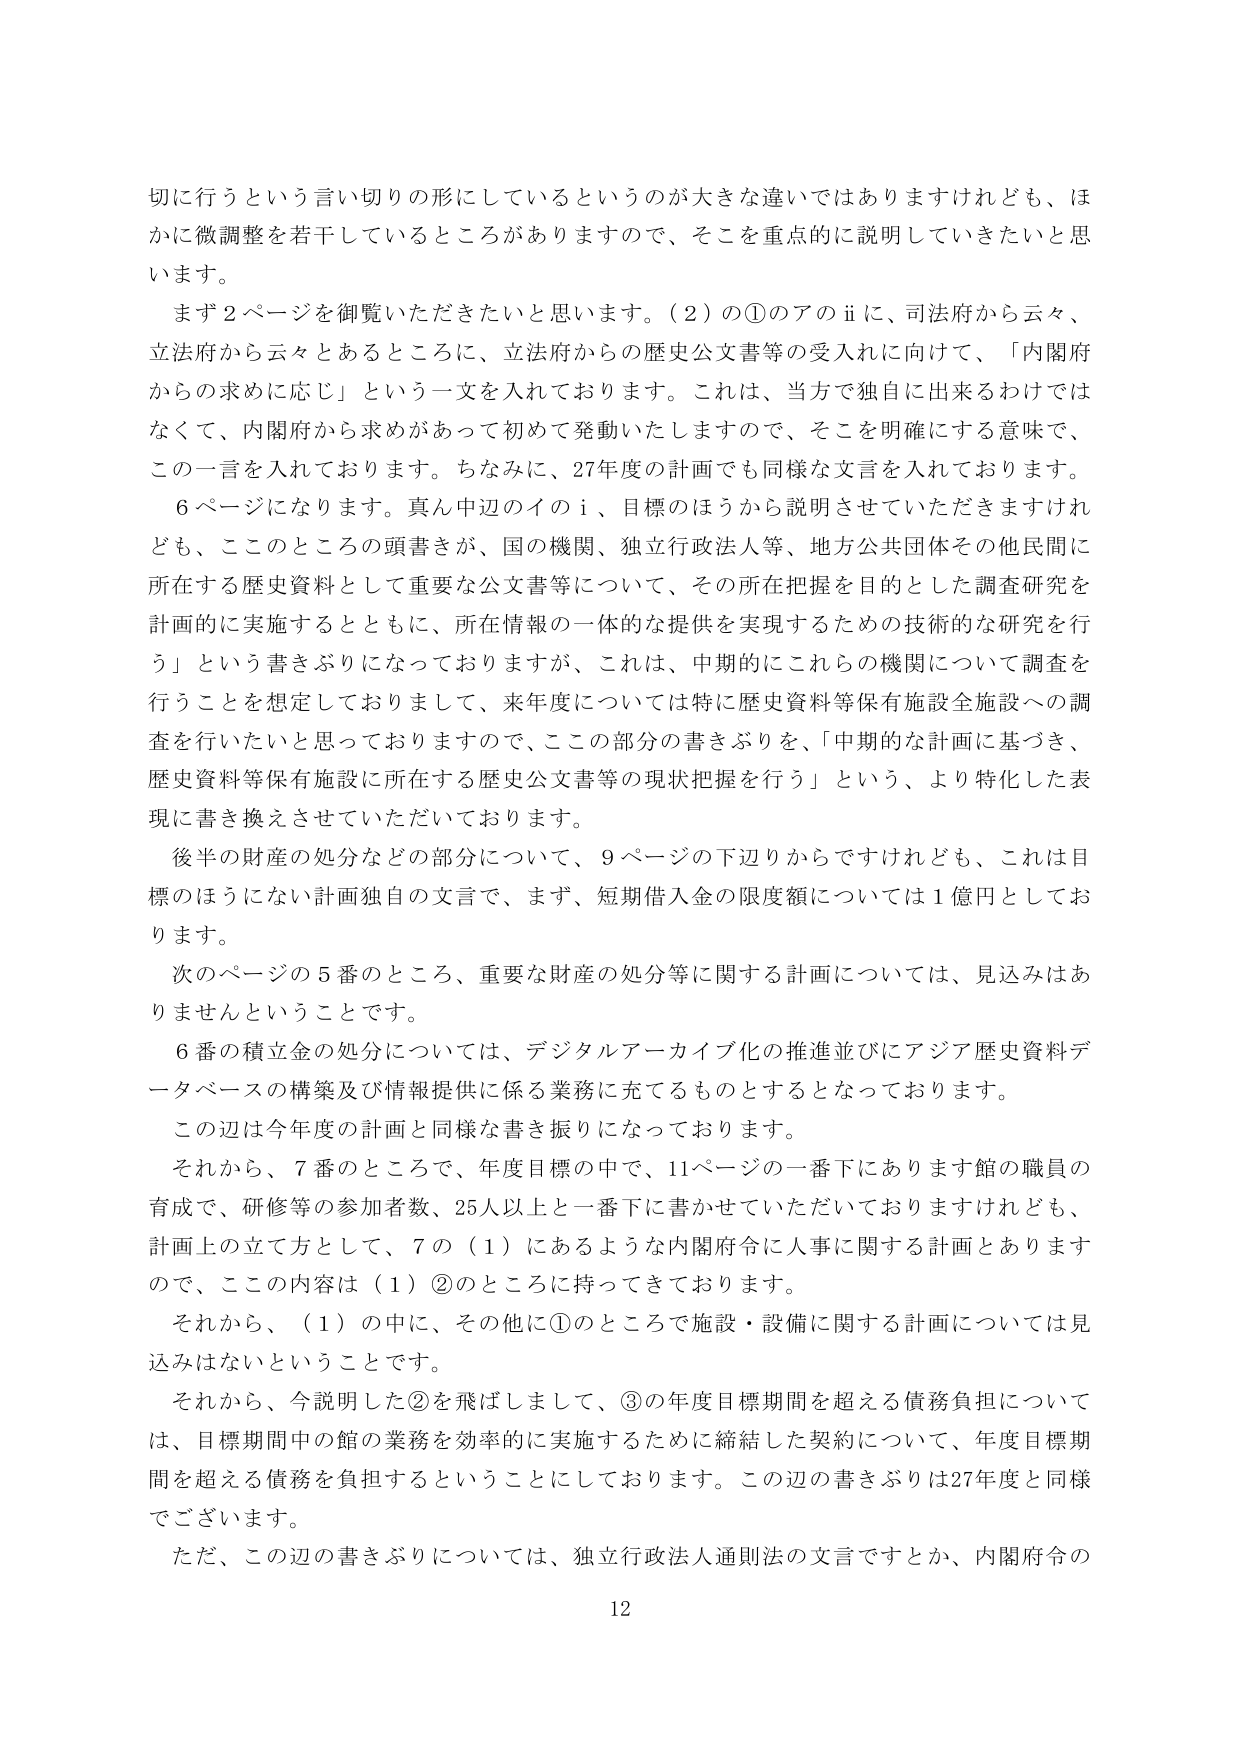
切に行うという言い切りの形にしているというのが大きな違いではありますけれども、ほかに微調整を若干しているところがありますので、そこを重点的に説明していきたいと思います。

まず２ページを御覧いただきたいと思います。（２）の①のアのⅱに、司法府から云々、立法府から云々とあるところに、立法府からの歴史公文書等の受入れに向けて、「内閣府からの求めに応じ」という一文を入れております。これは、当方で独自に出来るわけではなくて、内閣府から求めがあって初めて発動いたしますので、そこを明確にする意味で、この一言を入れております。ちなみに、27年度の計画でも同様な文言を入れております。

６ページになります。真ん中辺のイのⅰ、目標のほうから説明させていただきますけれども、このところの頭書きが、国の機関、独立行政法人等、地方公共団体その他民間に所在する歴史資料として重要な公文書等について、その所在把握を目的とした調査研究を計画的に実施するとともに、所在情報の一体的な提供を実現するための技術的な研究を行う」という書きぶりになっておりますが、これは、中期的にこれらの機関について調査を行うことを想定しておりまして、来年度については特に歴史資料等保有施設全施設への調査を行いたいと思っておりますので、この部分の書きぶりを、「中期的な計画に基づき、歴史資料等保有施設に所在する歴史公文書等の現状把握を行う」という、より特化した表現に書き換えさせていただいております。

後半の財産の処分などの部分について、９ページの下辺りからですけれども、これは目標のほうにない計画独自の文言で、まず、短期借入金の限度額については１億円としております。

次のページの５番のところ、重要な財産の処分等に関する計画については、見込みはありませんということです。

６番の積立金の処分については、デジタルアーカイブ化の推進並びにアジア歴史資料データベースの構築及び情報提供に係る業務に充てるものとすることとなっております。

この辺は今年度の計画と同様な書き振りになっております。

それから、７番のところで、年度目標の中で、11ページの一番下にあります館の職員の育成で、研修等の参加者数、25人以上と一番下に書かせていただいておりますけれども、計画上の立て方として、７の（１）にあるような内閣府令に人事に関する計画とありますので、ここの内容は（１）②のところに持ってきております。

それから、（１）の中に、その他に①のところで施設・設備に関する計画については見込みはないということです。

それから、今説明した②を飛ばしまして、③の年度目標期間を超える債務負担については、目標期間中の館の業務を効率的に実施するために締結した契約について、年度目標期間を超える債務を負担することにしております。この辺の書きぶりは27年度と同様でございます。

ただ、この辺の書きぶりについては、独立行政法人通則法の文言ですとか、内閣府令の

12